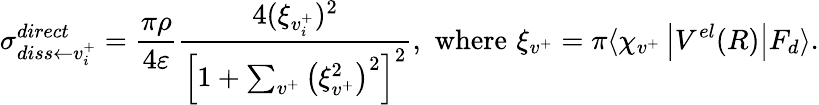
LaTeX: \sigma_{diss\leftarrow{v_{i}^{+}}}^{direct}=\frac{\pi\rho}{4\varepsilon}\frac{4(\xi_{{v}_{i}^{+}})^{2}}{\left[1+\sum_{v^{+}}\left(\xi_{v^{+}}^{2}\right)^{2}\right]^{2}},\, \, \mathrm{where}\, \, \xi_{v^{+}}=\pi\langle\chi_{v^{+}}\left\vert V^{el}(R)\right\vert F_{d}\rangle.